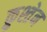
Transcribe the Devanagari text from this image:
क्रुश्तेन